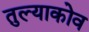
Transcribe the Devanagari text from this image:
तुल्याकोव